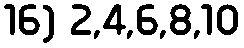
16) 2,4,6,8,10